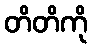
တိတိကို